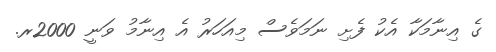
ގެ އިނާމަކާ އެކު ފެށި ނަމަވެސް މިއަހަރު އެ އިނާމު ވަނީ 2000ރ.